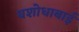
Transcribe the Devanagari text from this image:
यशोधाबाई